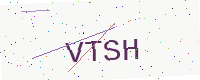
Text: VTSH